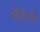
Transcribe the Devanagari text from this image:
मौतिनी